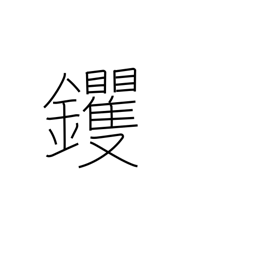
Meaning: hoe